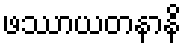
ဖဿာယတနာနိ